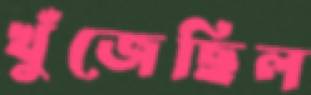
খুঁজেছিল